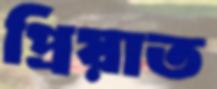
প্রিয়াত